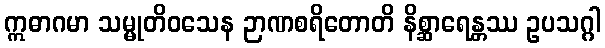
ဣဓာဂမာ သမ္မုတိဝသေန ဉာဏစရိတောတိ နိစ္ဆာရေန္တဿ ဥပသဂ္ဂါ